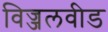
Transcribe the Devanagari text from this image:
विज्जलवीड